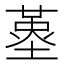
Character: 𡏳